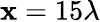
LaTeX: \mathbf{x}=15\lambda